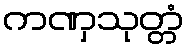
ကဏှသုတ္တံ